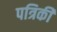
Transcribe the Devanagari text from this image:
पत्रिकी